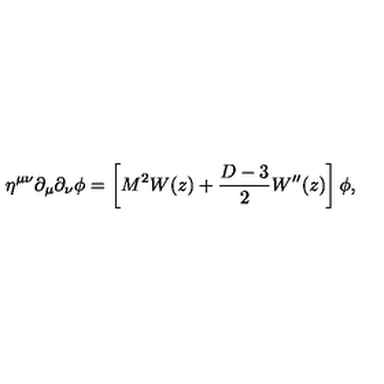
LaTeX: \eta ^ { \mu \nu } \partial _ { \mu } \partial _ { \nu } \phi = \left[ M ^ { 2 } W ( z ) + { \frac { D - 3 } { 2 } } W ^ { \prime \prime } ( z ) \right] \phi ,